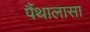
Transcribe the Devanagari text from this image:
पैंथालासा